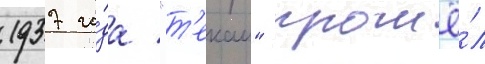
1937 го́да "т'екаи" прошё́л